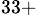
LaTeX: ^{33+}